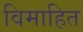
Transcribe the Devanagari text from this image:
विमाहित